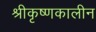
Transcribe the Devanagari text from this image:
श्रीकृष्णकालीन